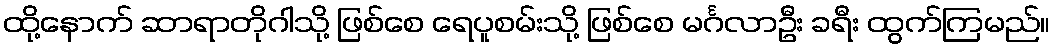
ထို့နောက် ဆာရာတိုဂါသို့ ဖြစ်စေ ရေပူစမ်းသို့ ဖြစ်စေ မင်္ဂလာဦး ခရီး ထွက်ကြမည်။